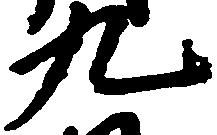
九